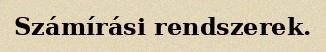
Számírási rendszerek.